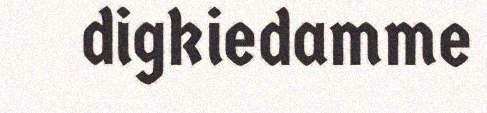
digkiedamme